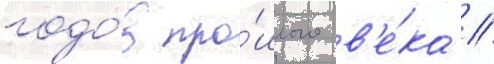
годо́в про́шлого в'е́ка //